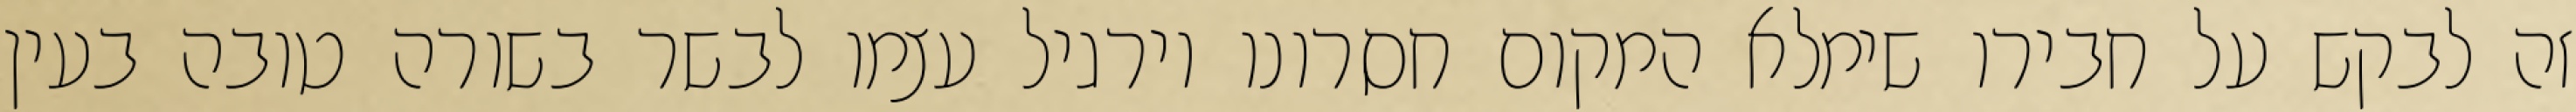
זה לבקש על חבירו שימלא המקום חסרונו וירגיל עצמו לבשר בשורה טובה בעין